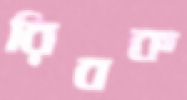
রিবক